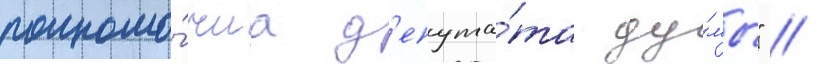
полномо́чиа д'епута́та ду́мы" //